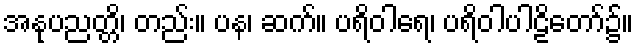
အနုပညတ္တိ၊ တည်း။ ပန၊ ဆက်။ ပရိဝါရေ၊ ပရိဝါပါဠိတော်၌။